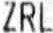
ZRL